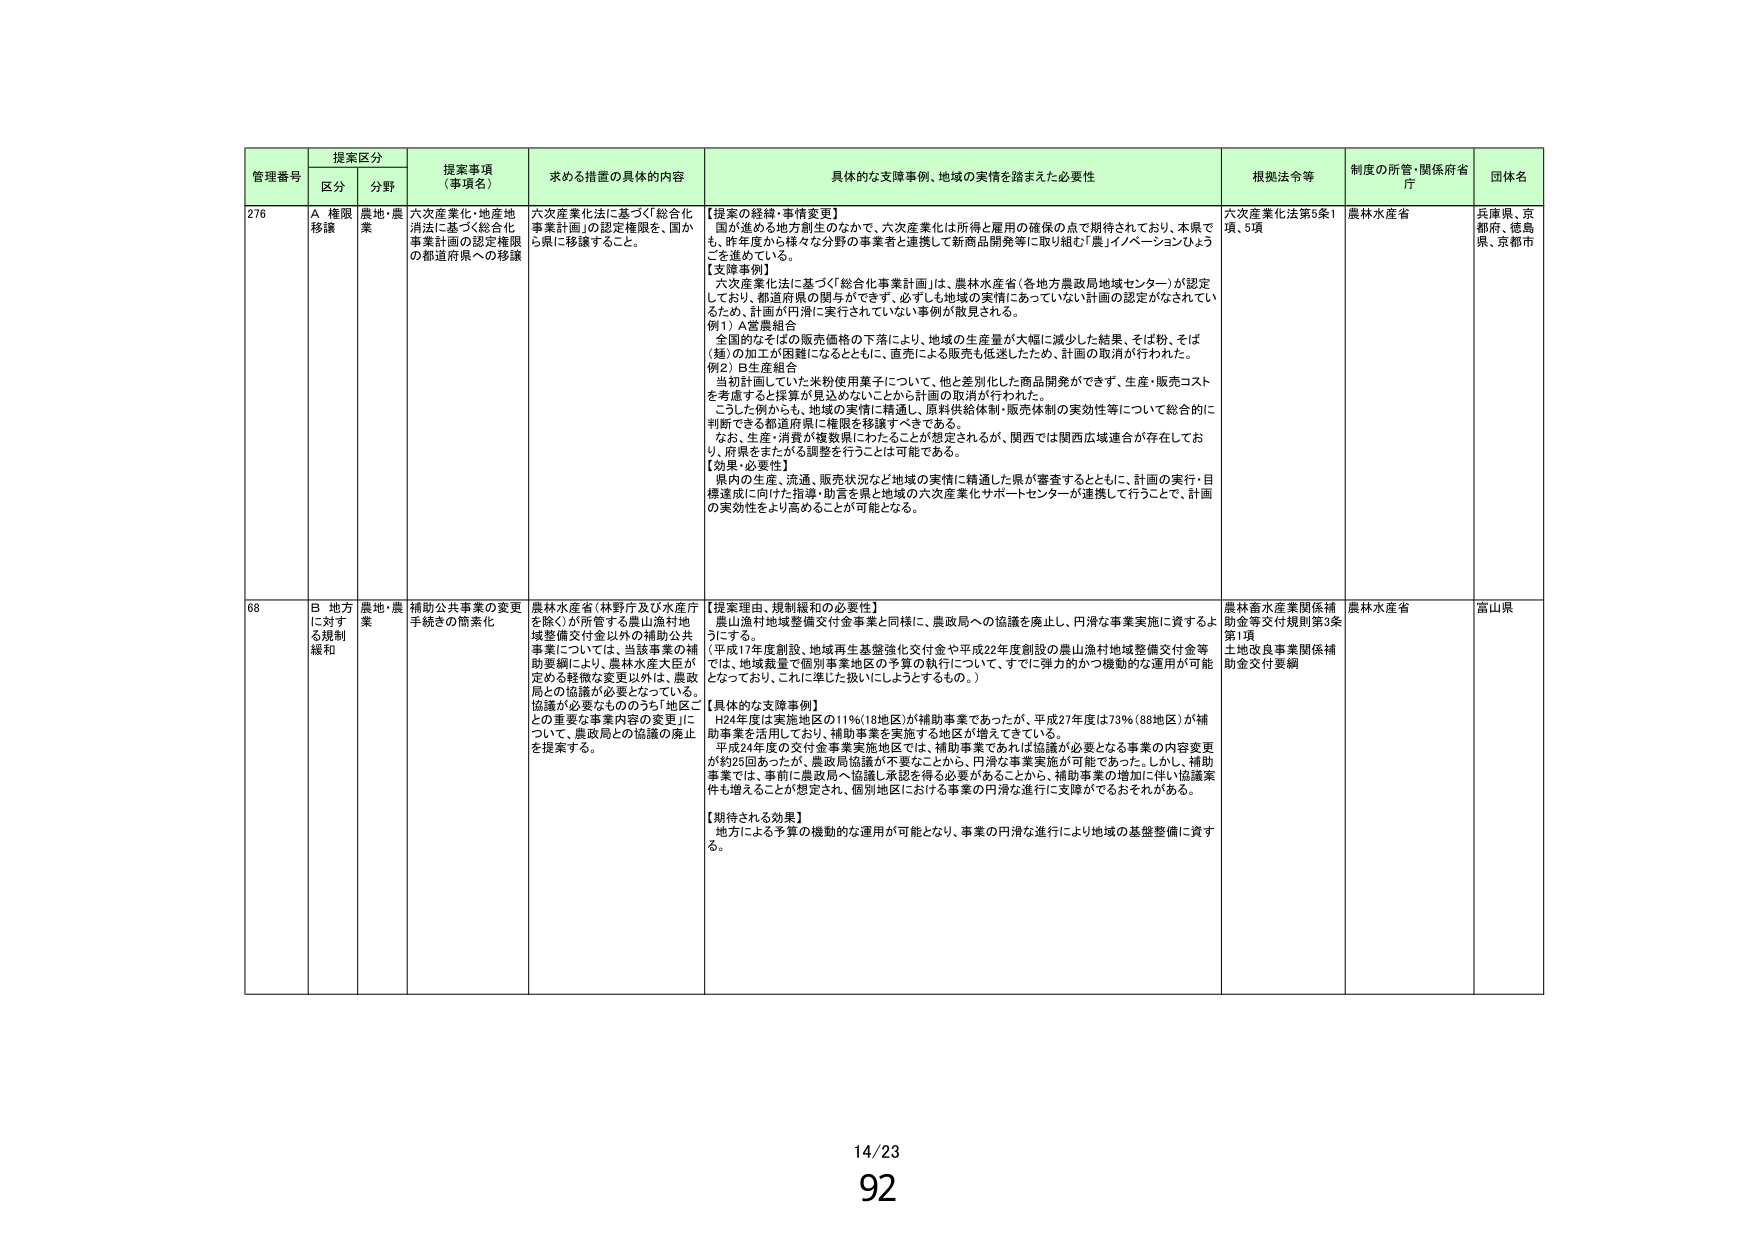
管理番号 提案区分 提案事項（事項名） 求める措置の具体的内容 具体的な支障事例、地域の実情を踏まえた必要性 根拠法令等 制度の所管・関係府省庁 団体名
区分 分野
276 A 権限移譲 農地・農業 六次産業化・地産地消法に基づく「総合化事業計画」の認定権限の都道府県への移譲 六次産業化法に基づく「総合化事業計画」の認定権限を、国から県に移譲すること。 【提案の経緯・事情変更】 国が進める地方創生のなかで、六次産業化は所得と雇用の確保の点で期待されており、本県でも、昨年度から様々な分野の事業者と連携して新商品開発等に取り組む「農」イノベーションひょうごを進めている。 【支障事例】 六次産業化法に基づく「総合化事業計画」は、農林水産省（各地方農政局地域センター）が認定しており、都道府県の関与ができず、必ずしも地域の実情にあっていない計画の認定がなされているため、計画が円滑に実行されていない事例が散見される。 例1）A営農組合 全国的なそばの販売価格の下落により、地域の生産量が大幅に減少した結果、そば粉、そば（麺）の加工が困難になるとともに、直売による販売も低迷したため、計画の取消が行われた。 例2）B生産組合 当初計画していた米粉使用菓子について、他と差別化した商品開発ができず、生産・販売コストを考慮すると採算が見込めないことから計画の取消が行われた。 こうした例からも、地域の実情に精通し、原料供給体制・販売体制の実効性等について総合的に判断できる都道府県に権限を移譲すべきである。 なお、生産・消費が複数県にわたることが想定されるが、関西では関西広域連合が存在しており、府県をまたがる調整を行うことは可能である。 【効果・必要性】 県内の生産、流通、販売状況など地域の実情に精通した県が審査するとともに、計画の実行・目標達成に向けた指導・助言を県と地域の六次産業化サポートセンターが連携して行うことで、計画の実効性をより高めることが可能となる。 六次産業化法第5条1項、5項 農林水産省 兵庫県、京都府、徳島県、京都市
68 B 地方に対する規制緩和 農地・農業 補助公共事業の変更手続きの簡素化 農林水産省（林野庁及び水産庁を除く）が所管する農山漁村地域整備交付金以外の補助公共事業については、当該事業の補助要綱により、農林水産大臣が定める軽微な変更以外は、農政局との協議が必要となっている。協議が必要なものうち「地区ごとの重要な事業内容の変更」について、農政局との協議の廃止を提案する。 【提案理由、規制緩和の必要性】 農山漁村地域整備交付金事業と同様に、農政局への協議を廃止し、円滑な事業実施に資するようとする。 （平成17年度創設、地域再生基盤強化交付金や平成22年度創設の農山漁村地域整備交付金等では、地域裁量で個別事業地区の予算の執行について、すでに弾力的かつ機動的な運用が可能となっており、これに準じた扱いにしようとするもの。） 【具体的な支障事例】 H24年度は実施地区の11％（18地区）が補助事業であったが、平成27年度は73％（88地区）が補助事業を活用しており、補助事業を実施する地区が増えている。 平成24年度の交付金事業実施地区では、補助事業であれば協議が必要となる事業の内容変更が約6回あったが、農政局協議が不要なことから、円滑な事業実施が可能であった。しかし、補助事業では、事前に農政局へ協議し承認を得る必要があることから、補助事業の増加に伴い協議案件も増えることが想定され、個別地区における事業の円滑な進行に支障がでるおそれがある。 【期待される効果】 地方による予算の機動的な運用が可能となり、事業の円滑な進行により地域の基盤整備に資する。 農林畜水産業関係補助金等交付規則第3条第1項 土地改良事業関係補助金交付要綱 農林水産省 富山県
14/23
92